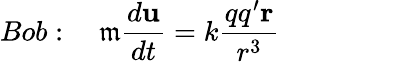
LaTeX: Bob:\quad\mathfrak{m}\frac{{d\mathbf{{u}}}}{{dt}}=k\frac{{qq^{\prime}\mathbf{{r}}}}{{r^{3}}}\qquad\qquad